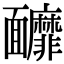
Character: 𩉚